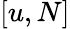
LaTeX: [u,N]